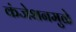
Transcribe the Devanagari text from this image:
कंजेशनमुळे